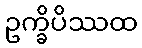
ဥက္ခိပိဿထ